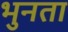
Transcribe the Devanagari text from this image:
भुनता